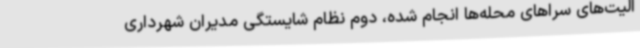
الیت‌های سراهای محله‌ها انجام شده، دوم نظام شایستگی مدیران شهرداری